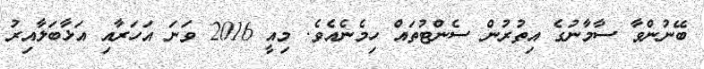
ބޭނުންވާ ސާމާނުގެ އިތުރުން ސެންޓުތައް ހިމެނެއެވެ. މިއީ 2016 ވަނަ އަހަރާއި އަޅާބަލާއިރު